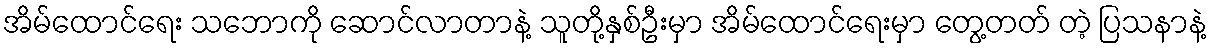
အိမ်ထောင်ရေး သဘောကို ဆောင်လာတာနဲ့ သူတို့နှစ်ဦးမှာ အိမ်ထောင်ရေးမှာ တွေ့တတ် တဲ့ ပြသနာနဲ့